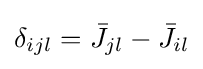
\delta _{ijl}={\bar {J}}_{jl}-{\bar {J}}_{il}